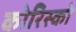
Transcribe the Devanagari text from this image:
कोरिस्को